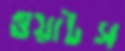
ওয়াটস